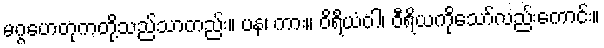
မဂ္ဂဟေတုကတို့သည်သာတည်း။ ပန၊ ကား။ ဝိရိယံဝါ၊ ဝီရိယကိုသော်လည်းကောင်း။